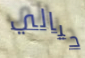
حيالي